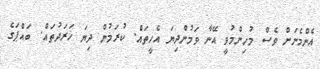
އެންމެނަށް ވެސް މުހިންމުވީ އޭނާ ވަމުންދިޔަ އެހީތައް. ކުރަމުން ދިޔަ ޚަރަދުތައް. ބައްޕަގެ